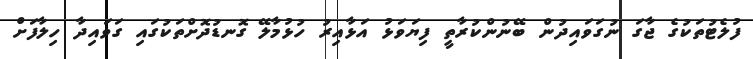
ފުލެޓުތަކުގެ ޖާގަ ނުގަވައިދުން ބޭނުންކުރާތީ ފިޔަވަޅު އަޅާއިރު ހުޅުމާލޭ ގޮނޑުދޮށްތަކުގައި ގަވައިދާ ހިލާފަށް